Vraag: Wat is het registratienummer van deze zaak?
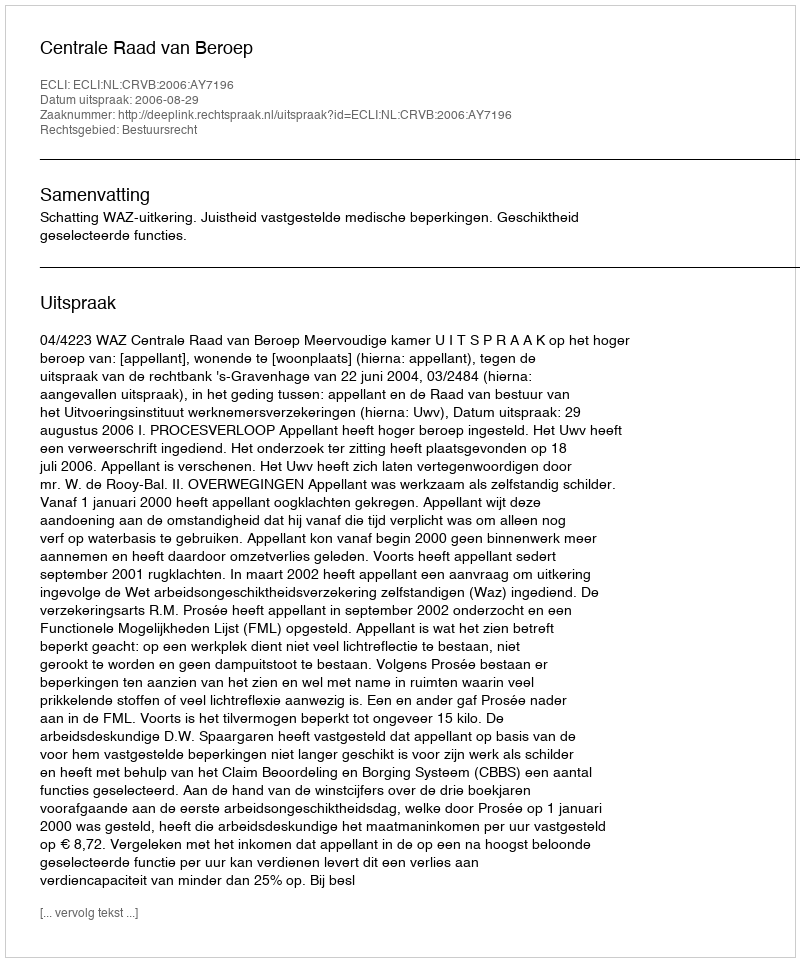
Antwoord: http://deeplink.rechtspraak.nl/uitspraak?id=ECLI:NL:CRVB:2006:AY7196